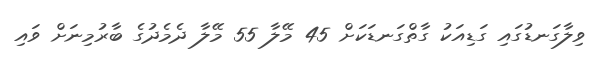
ވިލާގަނޑުގައި ގަޑިއަކު ގާތްގަނޑަކަށް 45 މޭލާ 55 މޭލާ ދެމެދުގެ ބާރުމިނަށް ވައި